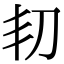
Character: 㓞